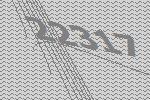
22317